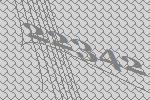
22342